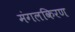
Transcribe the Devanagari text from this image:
मंगलकिरण